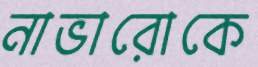
নাভারোকে